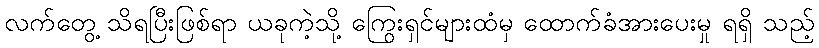
လက်တွေ့ သိရပြီးဖြစ်ရာ ယခုကဲ့သို့ ကြွေးရှင်များထံမှ ထောက်ခံအားပေးမှု ရရှိ သည့်